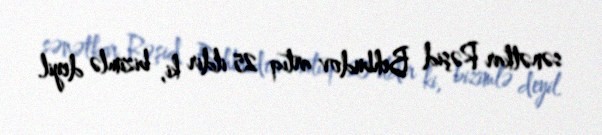
sənətkar Rəşid Behbudov artıq 25 ildir ki, bizimlə deyil.